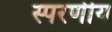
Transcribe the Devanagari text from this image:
स्परणीय